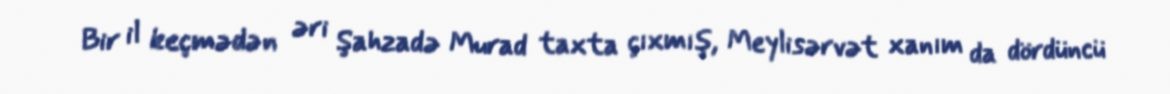
Bir il keçmədən əri Şahzadə Murad taxta çıxmış, Meylisərvət xanım da dördüncü